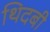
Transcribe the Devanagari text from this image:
थिदबी